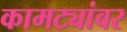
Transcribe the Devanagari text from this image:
कामट्यांवर